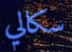
سكالي